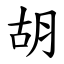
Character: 胡